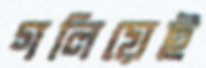
গলিয়েই